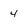
Character: 4